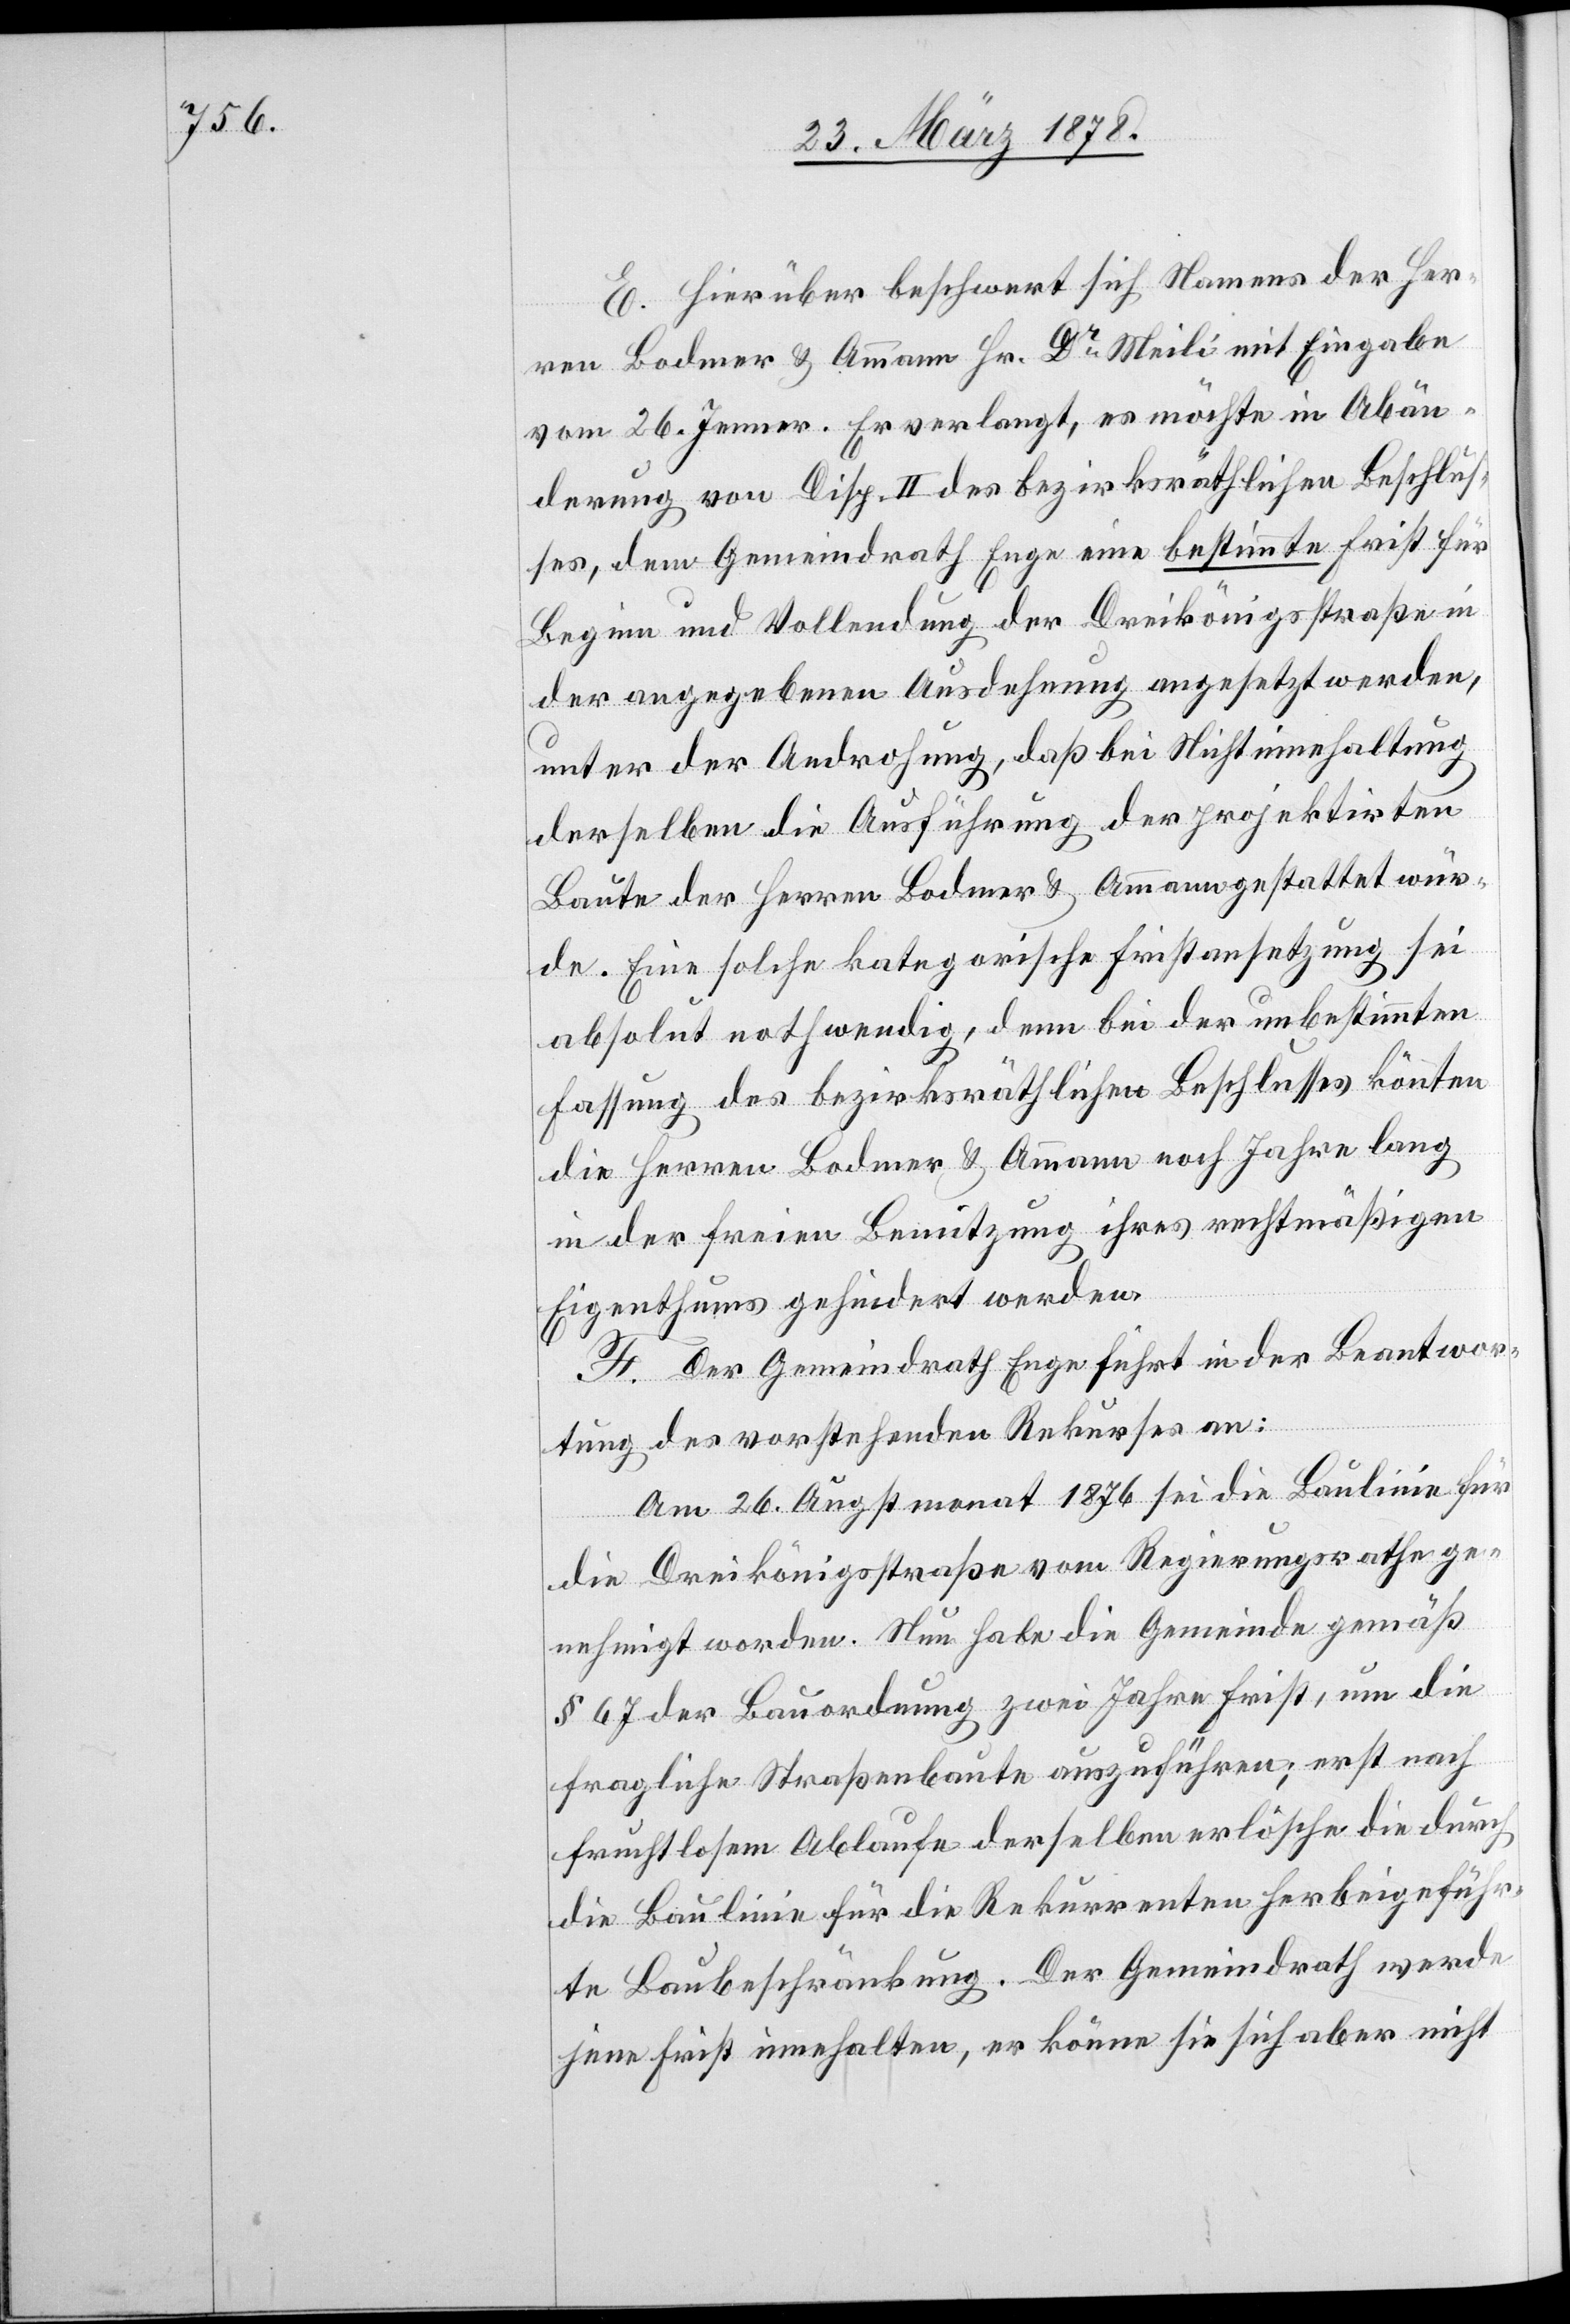
E. Hierüber beschwert sich Namens der Her¬
ren Bodmer & Ammann Hr. Dr Meili mit Eingabe
vom 26. Jenner. Er verlangt, es möchte in Abän¬
derung von Disp. II des bezirksräthlichen Beschlus¬
ses, dem Gemeindrath Enge eine bestimmte Frist für
Beginn und Vollendung der Dreikönigsstraße in
der angegebenen Ausdehnung angesetzt werden,
unter der Androhung, daß bei Nichteinhaltung
derselben die Ausführung der projektirten
Baute der Herren Bodmer & Ammann gestattet wür¬
de. Eine solche kategorische Fristansetzung sei
absolut nothwendig, denn bei der unbestimmten
Fassung des bezirksräthlichen Beschlusses kön[n]ten
die Herren Bodmer & Ammann noch Jahre lang
in der freien Benutzung ihres rechtmäßigen
Eigenthums gehindert werden.
F. Der Gemeindrath Enge führt in der Beantwor¬
tung des vorstehenden Rekurses an:
Am 26. Augstmonat 1876 sei die Baulinie für
die Dreikönigsstraße vom Regierungsrathe ge¬
nehmigt worden. Nun habe die Gemeinde gemäß
§ 67 der Bauordnung zwei Jahre Frist, um die
fragliche Straßenbaute auszuführen; erst nach
fruchtlosem Ablaufe derselben erlösche die durch
die Baulinie für die Rekurrenten herbeigeführ¬
te Baubeschränkung. Der Gemeindrath werde
jene Frist innehalten, er könne sie sich aber nicht